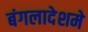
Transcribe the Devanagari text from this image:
बंगलादेशमे